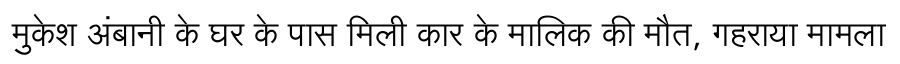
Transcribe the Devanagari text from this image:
मुकेश अंबानी के घर के पास मिली कार के मालिक की मौत, गहराया मामला